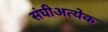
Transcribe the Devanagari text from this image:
संघीअत्येक